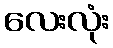
လေးလုံး